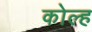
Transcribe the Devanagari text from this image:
कोल्ह